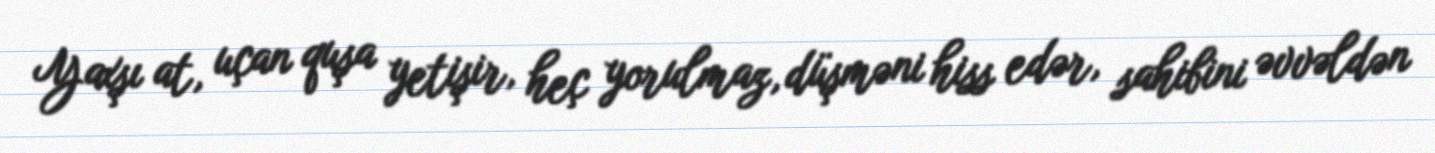
Yaxşı at, uçan quşa yetişir, heç yorulmaz, düşməni hiss edər, sahibini əvvəldən